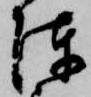
陳